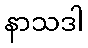
နာသဒါ